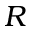
R